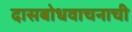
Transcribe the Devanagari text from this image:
दासबोधवाचनाची